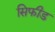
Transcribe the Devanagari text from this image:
सिफीड